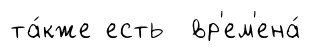
та́кже есть вр'ем'ена́